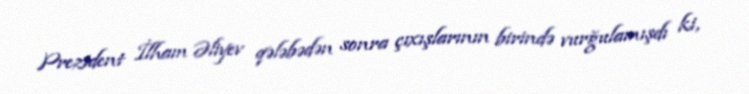
Prezident İlham Əliyev qələbədən sonra çıxışlarının birində vurğulamışdı ki,